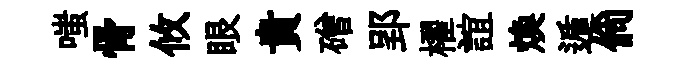
嗤骨攸眼貴磳郢櫂誼焕遁倘